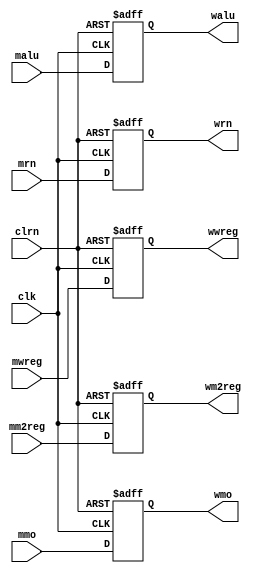
`timescale 1ns / 1ps
//////////////////////////////////////////////////////////////////////////////////
// Company: 
// Engineer: 
// 
// Design Name: 
// Module Name:    pipemwreg 
// Project Name: 
// Target Devices: 
// Tool versions: 
// Description: 
//
// Dependencies: 
//
// Revision: 
// Revision 0.01 - File Created
// Additional Comments: 
//
//////////////////////////////////////////////////////////////////////////////////
module pipemwreg(mwreg,mm2reg,mmo,malu,mrn,clk,clrn,
                 wwreg,wm2reg,wmo,walu,wrn
    );
	 input [31:0] malu,mmo;
	 input [4:0] mrn;
	 input mwreg,mm2reg;
	 input clk,clrn;
	 output [31:0] walu,wmo;
	 output [4:0] wrn;
	 output wwreg,wm2reg;
	 reg [31:0] walu,wmo;
	 reg [4:0] wrn;
	 reg wwreg,wm2reg;
	 always @(negedge clrn or posedge clk)
	     if(clrn==0)
		      begin
				    wwreg<=0;    wm2reg<=0;    wmo<=0;
					 walu<=0;     wrn<=0;      
					 
			   end
			else
			    begin
				      wwreg<=mwreg;    wm2reg<=mm2reg;    wmo<=mmo;
					   walu<=malu;     wrn<=mrn;      
				 end

endmodule